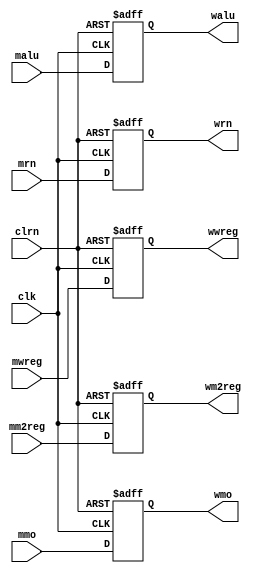
`timescale 1ns / 1ps
//////////////////////////////////////////////////////////////////////////////////
// Company: 
// Engineer: 
// 
// Design Name: 
// Module Name:    pipemwreg 
// Project Name: 
// Target Devices: 
// Tool versions: 
// Description: 
//
// Dependencies: 
//
// Revision: 
// Revision 0.01 - File Created
// Additional Comments: 
//
//////////////////////////////////////////////////////////////////////////////////
module pipemwreg(mwreg,mm2reg,mmo,malu,mrn,clk,clrn,
                 wwreg,wm2reg,wmo,walu,wrn
    );
	 input [31:0] malu,mmo;
	 input [4:0] mrn;
	 input mwreg,mm2reg;
	 input clk,clrn;
	 output [31:0] walu,wmo;
	 output [4:0] wrn;
	 output wwreg,wm2reg;
	 reg [31:0] walu,wmo;
	 reg [4:0] wrn;
	 reg wwreg,wm2reg;
	 always @(negedge clrn or posedge clk)
	     if(clrn==0)
		      begin
				    wwreg<=0;    wm2reg<=0;    wmo<=0;
					 walu<=0;     wrn<=0;      
					 
			   end
			else
			    begin
				      wwreg<=mwreg;    wm2reg<=mm2reg;    wmo<=mmo;
					   walu<=malu;     wrn<=mrn;      
				 end

endmodule